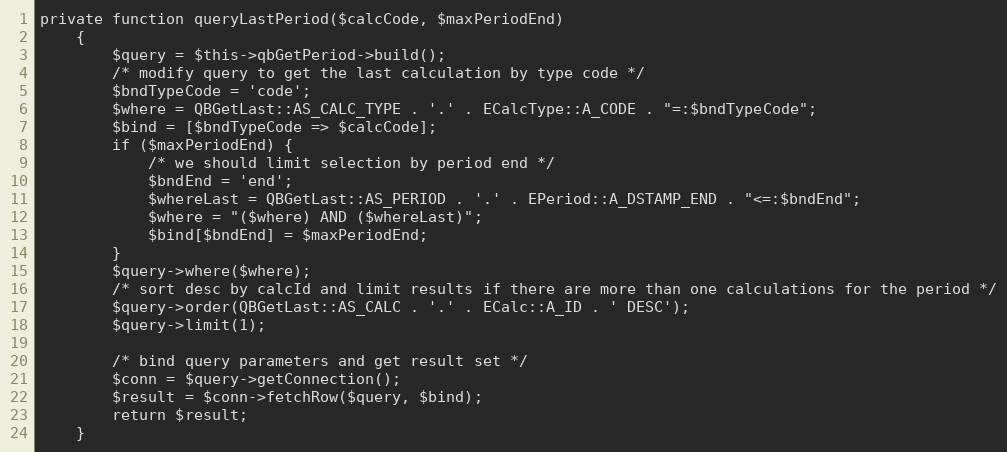
Language: PHP
private function queryLastPeriod($calcCode, $maxPeriodEnd)
    {
        $query = $this->qbGetPeriod->build();
        /* modify query to get the last calculation by type code */
        $bndTypeCode = 'code';
        $where = QBGetLast::AS_CALC_TYPE . '.' . ECalcType::A_CODE . "=:$bndTypeCode";
        $bind = [$bndTypeCode => $calcCode];
        if ($maxPeriodEnd) {
            /* we should limit selection by period end */
            $bndEnd = 'end';
            $whereLast = QBGetLast::AS_PERIOD . '.' . EPeriod::A_DSTAMP_END . "<=:$bndEnd";
            $where = "($where) AND ($whereLast)";
            $bind[$bndEnd] = $maxPeriodEnd;
        }
        $query->where($where);
        /* sort desc by calcId and limit results if there are more than one calculations for the period */
        $query->order(QBGetLast::AS_CALC . '.' . ECalc::A_ID . ' DESC');
        $query->limit(1);

        /* bind query parameters and get result set */
        $conn = $query->getConnection();
        $result = $conn->fetchRow($query, $bind);
        return $result;
    }